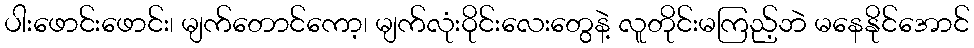
ပါးဖောင်းဖောင်း၊ မျက်တောင်ကော့၊ မျက်လုံးဝိုင်းလေးတွေနဲ့ လူတိုင်းမကြည့်ဘဲ မနေနိုင်အောင်